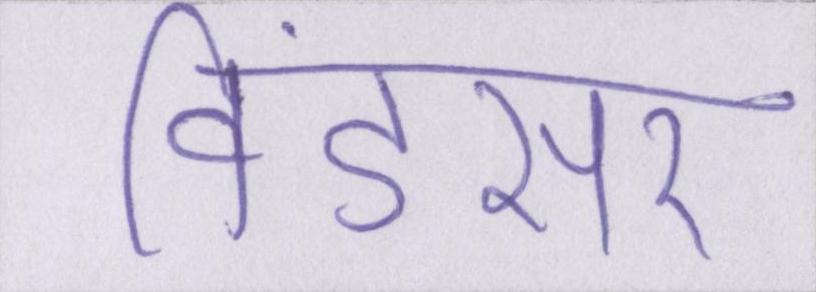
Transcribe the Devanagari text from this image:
विंडसर